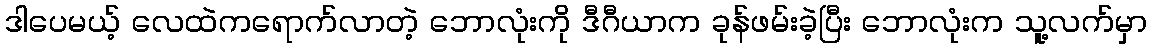
ဒါပေမယ့် လေထဲကရောက်လာတဲ့ ဘောလုံးကို ဒီဂီယာက ခုန်ဖမ်းခဲ့ပြီး ဘောလုံးက သူ့လက်မှာ